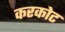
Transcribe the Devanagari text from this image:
करकोट